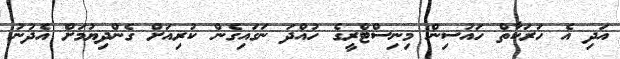
އަދި އެ ހަރަކާތް ހައުސިން މިނިސްޓްރީގެ ހުއްދަ ނަގައިގެން ކުރިއަށް ގެންދިޔުމަށް އެދުނު